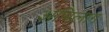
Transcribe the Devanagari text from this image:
अभिलाग